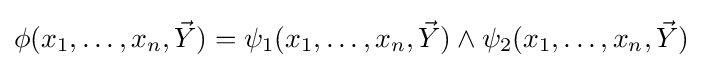
\phi (x_{1},\ldots ,x_{n},{\vec {Y}})=\psi _{1}(x_{1},\ldots ,x_{n},{\vec {Y}})\land \psi _{2}(x_{1},\ldots ,x_{n},{\vec {Y}})